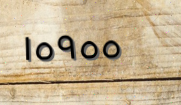
١٥٩٥٥